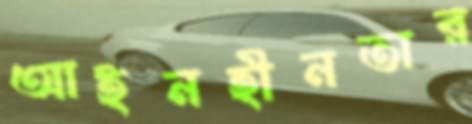
আইনহীনতার